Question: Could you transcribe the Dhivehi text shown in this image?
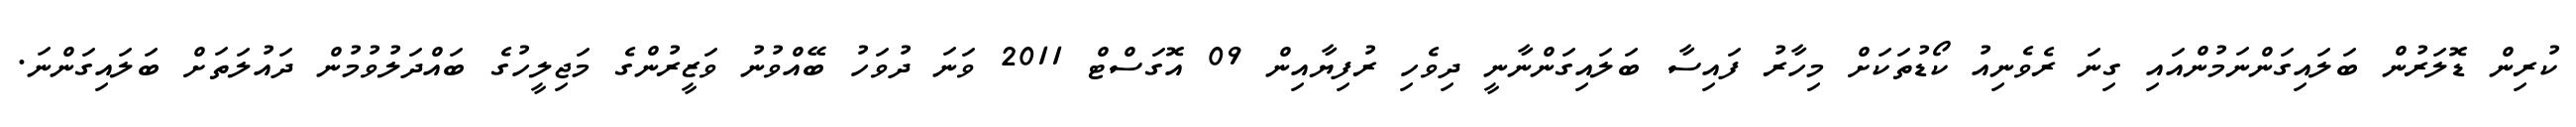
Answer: ކުރިން ޑޮލަރުން ބަލައިގަންނަމުންއައި ގިނަ ރެވެނިއު ކޯޑުތަކަށް މިހާރު ފައިސާ ބަލައިގަންނާނީ ދިވެހި ރުފިޔާއިން 09 އޮގަސްޓް 2011 ވަނަ ދުވަހު ބޭއްވުނު ވަޒީރުންގެ މަޖިލީހުގެ ބައްދަލުވުމުން ދައުލަތަށް ބަލައިގަންނަ.